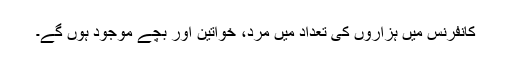
کانفرنس میں ہزاروں کی تعداد میں مرد، خواتین اور بچے موجود ہوں گے۔